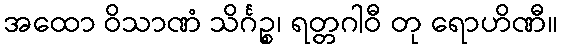
အထော ဝိသာဏံ သိင်္ဂဉ္စ၊ ရတ္တဂါဝီ တု ရောဟိဏီ။